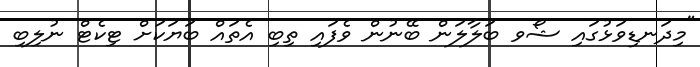
"މިދަނޑިވަޅުގައި ޝޯވ ބަލާލަން ބޭނުން ވެފައި ތިބި އެތައް ބަޔަކަށް ޓިކެޓް ނުލިބި